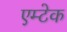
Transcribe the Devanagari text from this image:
एम्टेक